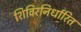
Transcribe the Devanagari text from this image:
शिविरनिर्धारित